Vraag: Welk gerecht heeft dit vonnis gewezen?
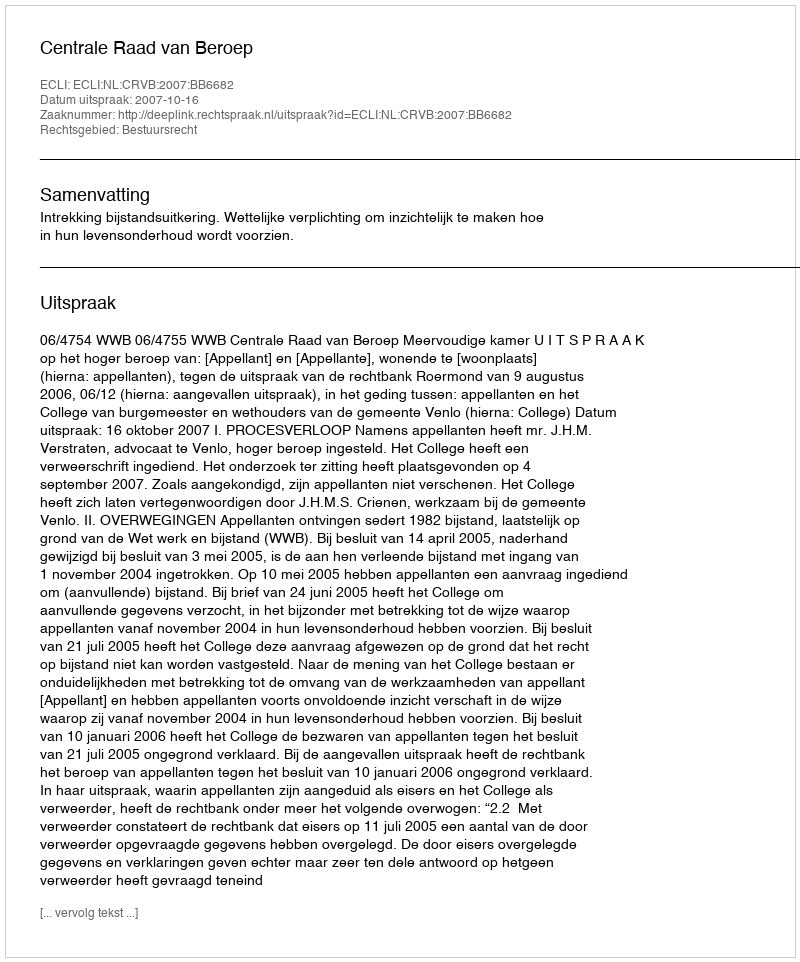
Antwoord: Centrale Raad van Beroep